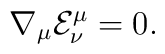
{\nabla_\mu}{{\mathcal{E}}^\mu_\nu}=0.